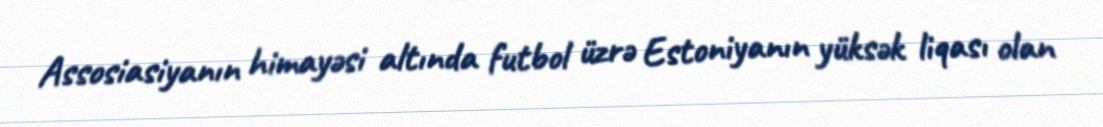
Assosiasiyanın himayəsi altında futbol üzrə Estoniyanın yüksək liqası olan